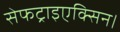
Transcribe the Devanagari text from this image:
सेफट्राइएक्सिन।